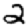
Digit: 2